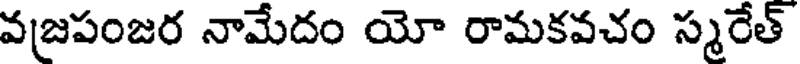
వజపంజర నామేదం యో రామకవచం స్మరేత్